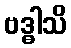
ဗဒ္ဓါသိ